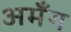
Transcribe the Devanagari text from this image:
अमँग